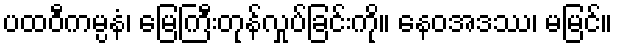
ပထဝီကမ္ပနံ၊ မြေကြီးတုန်လှုပ်ခြင်းကို။ နေဝအဒဿ၊ မမြင်။